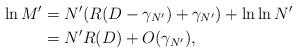
LaTeX: \begin{align*}\ln M'&=N'(R(D-\gamma_{N'})+\gamma_{N'})+\ln \ln N'\\&= N' R(D)+ O(\gamma_{N'}),\end{align*}